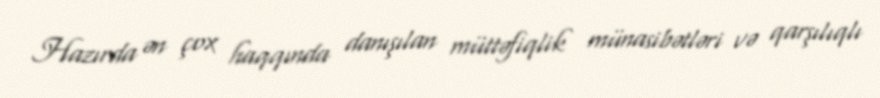
Hazırda ən çox haqqında danışılan müttəfiqlik münasibətləri və qarşılıqlı